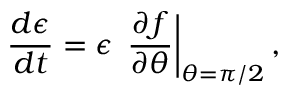
\frac { d \epsilon } { d t } = \epsilon \, \left. \frac { \partial f } { \partial \theta } \right\vert _ { \theta = \pi / 2 } ,